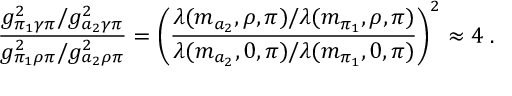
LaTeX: { \frac { g _ { \pi _ { 1 } \gamma \pi } ^ { 2 } / g _ { a _ { 2 } \gamma \pi } ^ { 2 } } { g _ { \pi _ { 1 } \rho \pi } ^ { 2 } / g _ { a _ { 2 } \rho \pi } ^ { 2 } } } = \left( { \frac { \lambda ( m _ { a _ { 2 } } , \rho , \pi ) / \lambda ( m _ { \pi _ { 1 } } , \rho , \pi ) } { \lambda ( m _ { a _ { 2 } } , 0 , \pi ) / \lambda ( m _ { \pi _ { 1 } } , 0 , \pi ) } } \right) ^ { 2 } \approx 4 \; .